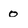
Character: o